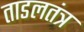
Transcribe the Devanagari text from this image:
ताडलतंत्र